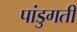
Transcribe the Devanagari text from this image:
पांडुगती